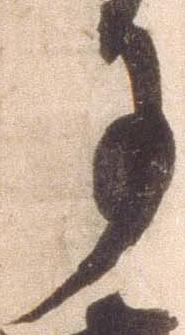
月